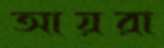
আয়রা